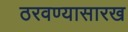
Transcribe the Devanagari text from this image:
ठरवण्यासारख